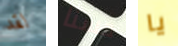
لقد حسنا يا